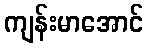
ကျန်းမာအောင်